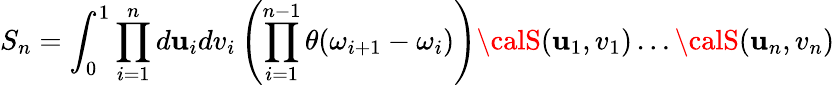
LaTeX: S_{n}=\int_{0}^{1}\prod_{i=1}^{n}d\mathbf{u}_{i}dv_{i}\left(\prod_{i=1}^{n-1}\theta(\omega_{i+1}-\omega_{i})\right){\calS}(\mathbf{u}_{1},v_{1})\dots{\calS}(\mathbf{u}_{n},v_{n})